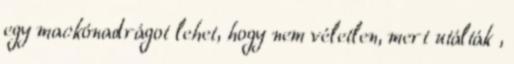
egy mackónadrágot lehet, hogy nem véletlen, mert utálták ,